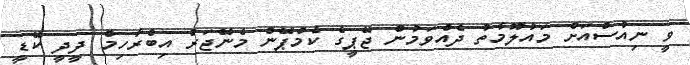
ވީ ނިއުސްއަށް މައުލޫމާތު ދެއްވަމުން ޖޭޕީގެ ކެމްޕޭން މެނޭޖަރު އިބްރާހިމް ދީދީ ކޭޑީ